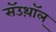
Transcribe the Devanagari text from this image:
सॅउथ़ॉल्